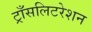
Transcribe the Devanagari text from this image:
ट्राँसलिटरेशन